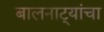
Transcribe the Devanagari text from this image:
बालनाट्यांचा